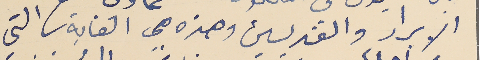
الابرار والقديسين وهذه هي الغاية التي